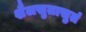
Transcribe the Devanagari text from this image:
शैलसुतासुतं